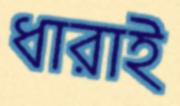
ধারাই